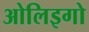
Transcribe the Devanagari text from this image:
ओलिइगो